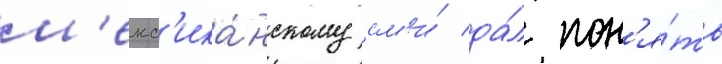
м'екс'ика́нскому см'и́ да́л пон'я́ть